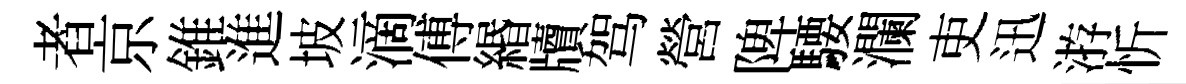
者京錐進坡滴傅緡牘驾營陴騕瀾吏迅㳺忻